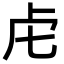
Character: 虍